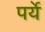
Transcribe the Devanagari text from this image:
पर्ये